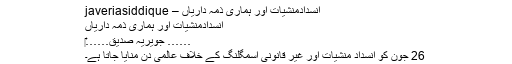
انسدادمنشیات اور ہماری ذمہ داریاں – javeriasiddique
انسدادمنشیات اور ہماری ذمہ داریاں
…… جویریہ صدیق……‎
26 جون کو انسداد منشیات اور غیر قانونی اسمگلنگ کے خلاف عالمی دن منایا جاتا ہے۔